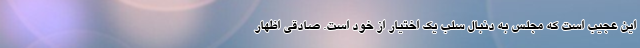
این عجیب است که مجلس به دنبال سلب یک اختیار از خود است. صادقی اظهار